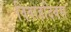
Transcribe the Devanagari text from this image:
विवाहदिवस